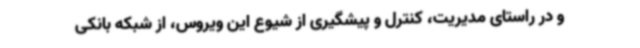
و در راستای مدیریت، کنترل و پیشگیری از شیوع این ویروس، از شبکه بانکی